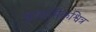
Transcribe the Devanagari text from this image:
प्राथमिकश्वित्र